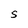
Character: S